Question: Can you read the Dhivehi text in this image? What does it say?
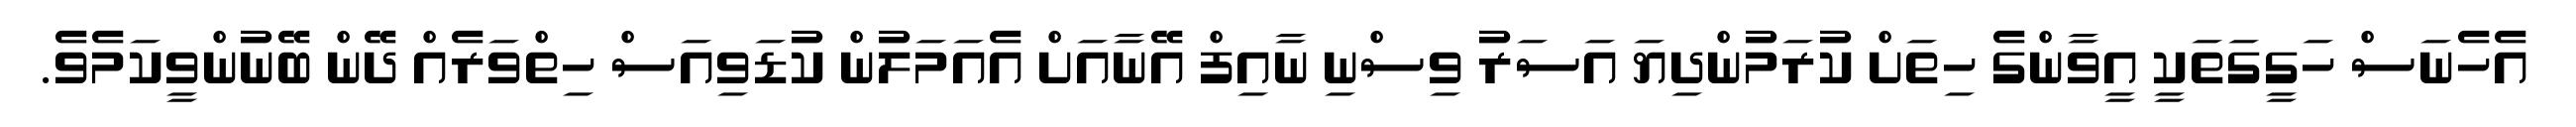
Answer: އެހެނަސް ހަގީގަތަކީ އީވާންގެ ހިތަށް ކުރަމުންދިޔަ އަސަރު ވިސްނި ނާއިފް އޭނާއަށް އެއަމަލުން ކުޑަވިއަސް ހިތްވަރެއް ދޭން ބޭނުންވީކަމެވެ.